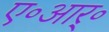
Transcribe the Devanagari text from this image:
ए॰आर्॰